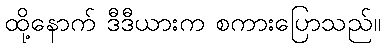
ထို့နောက် ဒီဒီယားက စကားပြောသည်။